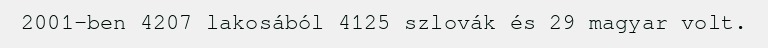
2001-ben 4207 lakosából 4125 szlovák és 29 magyar volt.